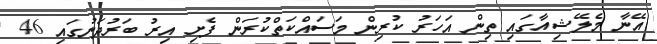
އޭނާ މެލޭޝިއާގައި ތިން އަހަރު ކުރިން މަސައްކަތްކުރަން ފެށި އިރު ބަރުދަނުގައި 46